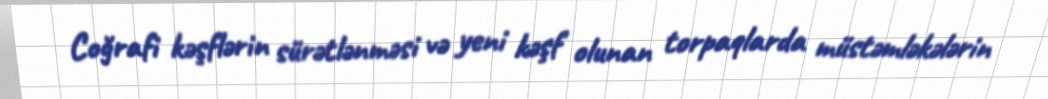
Coğrafi kəşflərin sürətlənməsi və yeni kəşf olunan torpaqlarda müstəmləkələrin